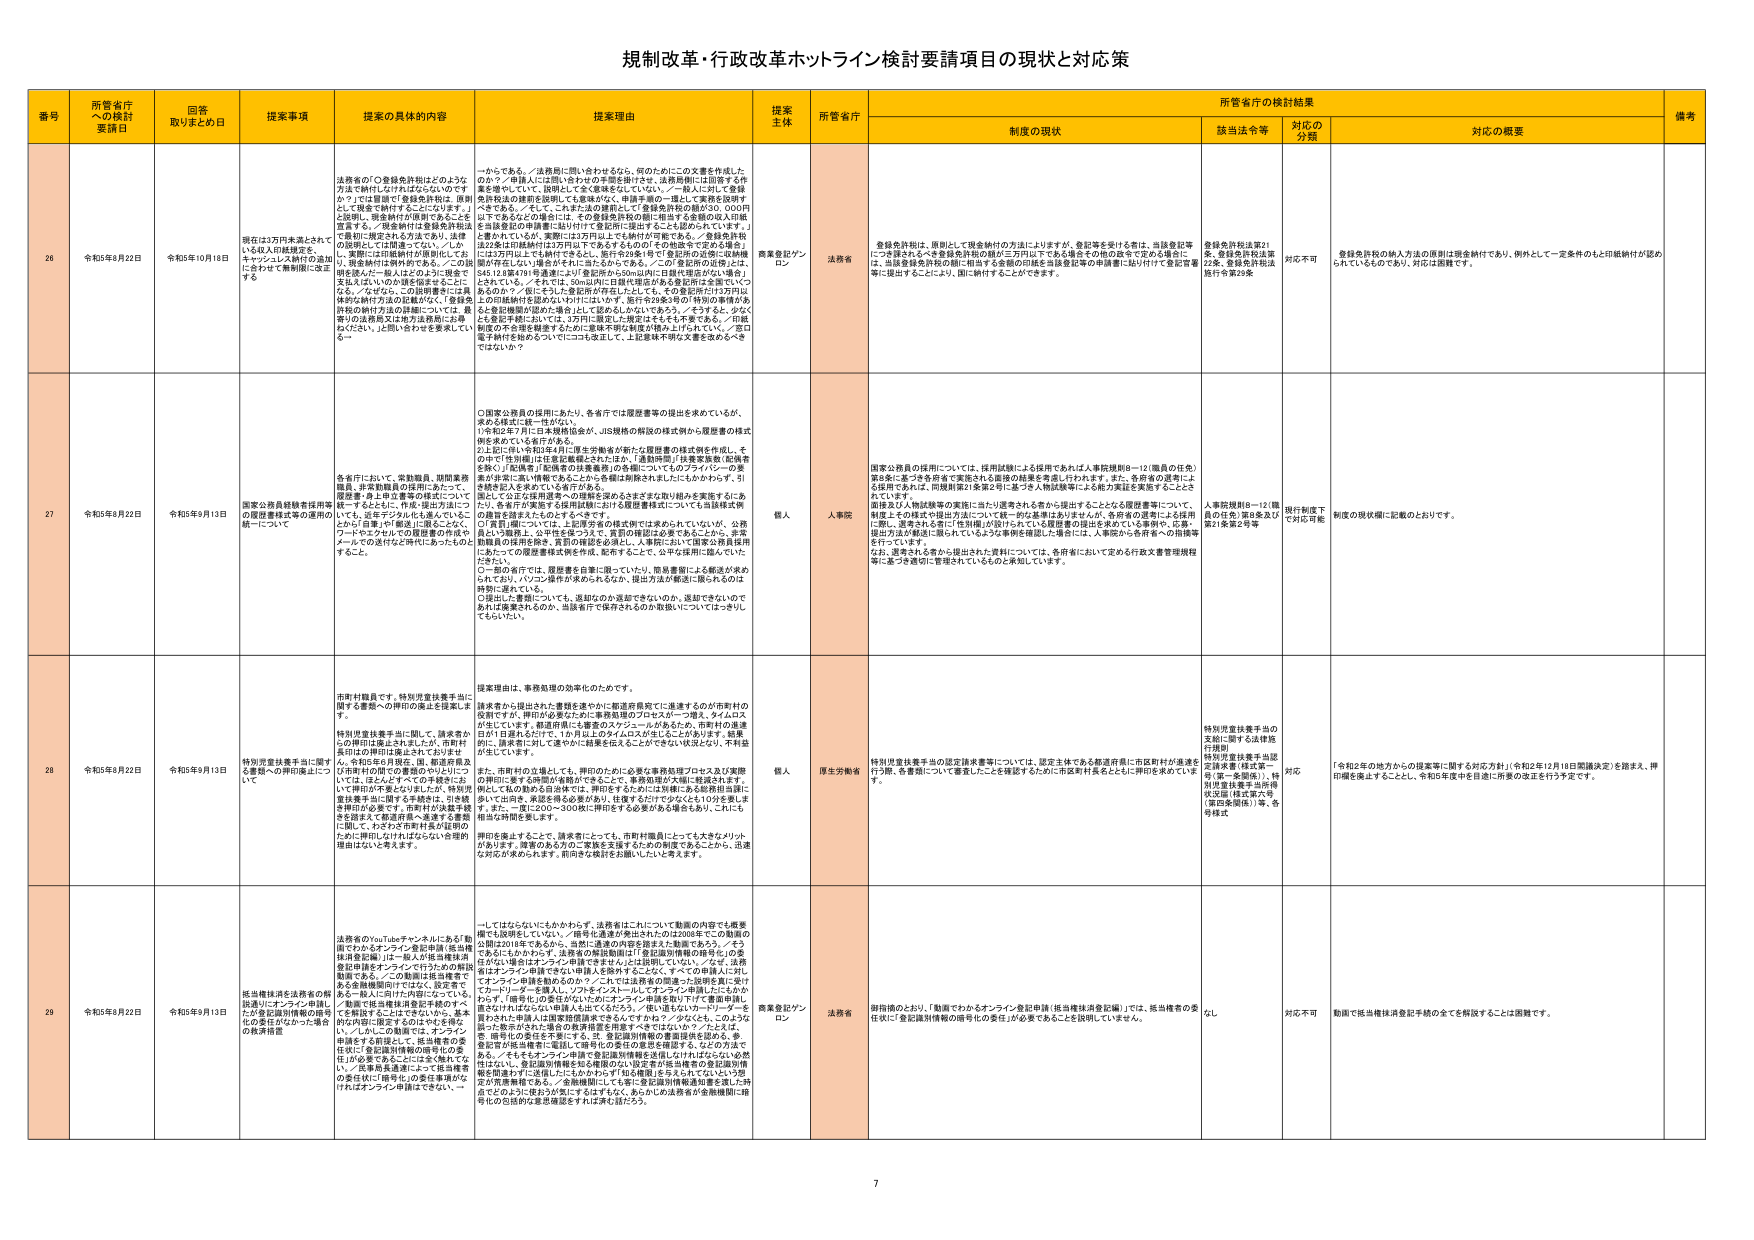
規制改革・行政改革ホットライン検討要請項目の現状と対応策

番号 所管省庁への検討要請日 回答取りまとめ日 提案事項 提案の具体的内容 提案理由 提案主体 所管省庁 制度の現状 所管省庁の検討結果 備考
該当法令等 対応の分類 対応の概要

26 令和5年8月22日 令和5年10月18日 現在は2万円未満とされてい る収入印紙制度を、 キャッシュレス納付の追加 に合わせて無制限に改正する。 法務省の「○登録免許税はどのような 方法で納付しなければならないのです か？」では登録で「登録免許税は、原則 として現金で納付することになります。」 と説明し、現金納付が原則であることを 宣言する。／現金納付は登録免許税法 で義務づけられているわけではなく、法律 の説明としては間違ってない。／しか し、実際にには印紙納付が原則化してお り、現金納付は例外的である。／この説 明も役人が「一般人はこのように現金で 支払えばいい」の実態を前提とする上に なる。／なぜなら、この説明書には「具 体的な納付方法の記載がなく、登録免 許税の納付方法の詳細については、最 寄りの法務局又は地方法務局にお尋 ねください。」と問い合わせを要求してい る。 ーからである。／法務局に問い合わせるなら、何のためにこの文書を作成した のか？／「一般人には問い合わせの手間を掛けさせ、法務局側には回答する作 業を強いて、」役所としては「金を徴収をしたいな」。／一般人に対して登録 免許税法の詳細を説明しても意味がなく、申請手順の一環として実務を説明す ばやくある。／そして、これまた法の原則と、実務の実態が乖離する。○5,000円 以下であるなどの制限は、その登録免許税の額に相当する金額の収入印紙 を印紙登録の申請書に貼り付けて登記所に提出することも認められています。」 と書かれているが、実際には2万円以上では納付が可能である。／登録免許税 法22条は印紙納付は2万円以下であるが、その枠を越えて定める場合 には地方庁はこれを納付させない。／登録免許税法は2万円以下で登録免許税 額が存在しない場合がそれにならなさである。／この「登記所の近傍には、 545,128筆479号通達により」登記所から50m以内に日銀代理店がない場合」 とされている。／それでも、50m以内に日銀代理店がある登記所は全国で、いく るのか？／仮にそれと登記所が存在したとしても、その登記所だけが万円以 上の印紙納付を認めなければにはいけず、国や各行政当局の特別の事情がある と登記機関が認め場合しかして認められないであろう。／そうすると、かなく とも足を軽くおいては、2万円に限定した現金はそもそも不要である。／印紙 制度の不合理的継承するために意味不明な制度が残る上に付いて、／「窓口 電子納付を始めるついでにココは改正して、上記意味不明な文書を改めるべき ではないか？ 資産登記グリーン ロン 法務省 登録免許税は、原則として現金納付の方法によりますが、登記等を受ける者は、当該登記等 につき現金または登録免許税の額に相当する金額の収入印紙を登記等の申請書に貼り付けて登記官署 等に提出することにより、額に納付することができます。 登録免許税法第21 条、登録免許税法第 22条、登録免許税法 施行令第29条 対応不可 登録免許税の納入方法の原則は現金納付であり、例外として一定条件のもと印紙納付が認め られているものであり、対応は困難です。

27 令和5年8月22日 令和5年9月13日 国家公務員経験者採用等 の履歴書様式等の運用の 統一について 令和年において、登録職員、期間業務 職員、非常勤職員の採用において、 履歴書・身上申立書等の様式について 統一するように、提出方法について も、近年デジタル化も進んでいるこ とから、紙書と電子提出の両方をスム ーズにやりとりできる環境整備の作成や メールでの送付など時代にあったものと するこ。 ○国家公務員の採用にあたり、各省庁では履歴書等の提出を求めているが、 求める様式に統一性がない。 ○令和2年7月には本格的協会が、JIS規格の解説の様式例から履歴書の様式 例を定めているがである。 ○上記に用いられる4月に厚生労働省が新たな履歴書の様式例を作成し、そ の中で「性別欄には性別を記載しないとは、」（通知同「共育実施要綱（配備者 を除く）」「配備者」）配備者の扶養義務（の各欄についてものフラットバー）の要 綱が非常に強い情報を含んでいる。／各欄は解釈されまにしたくかかわらず、引 き続き記入を求めている省庁がある。 続いて、公正な採用選考への理解を進めるさまざまな取り組みを推進するにあ たり、各省庁が実施する採用試験における履歴書統一についても当該様式等 の調整を推進されるものとするべきです。 ○「身長」欄については、上記所定書式様式例では求められていないが、公務 員という職務上、公平性を保つうえで、質問の確認に必要であることから、本実 施職員の採用段階、業務の確認を必須とし、人事院において職員全員採用 にあたっての履歴書様式例を作成、配布することで、公平な採用に繋がっていた だきたい。 ○一連の省庁では、履歴書を自筆に限っていたり、簡易書類による郵送が求め られており、パソコン操作が求められるなか、提出方法が郵送に限られるのは 時勢に遅れている。 ○提出した書類についても、返却なのか返却できないのか、返却できないので あれば廃棄されるのか、当該省庁で保存されるのか取扱いについてはっきりし てもらいたい。 個人 人事院 国家公務員の採用については、採用試験による採用であれば人事院規則8～12（職員の任免） 第8条に基づき府省で実施される場合の結果を考慮に行われます。また、各府省の運用によ る採用であれば、同規則第21条第2号に基づき人物試験等による能力実証を実施することと されています。 国務及び人物試験等の実施に当たり選考される者から提出することとなる履歴書等について、 制度上その様式や提出方法について統一的な基準はありませんが、各府省の選考による採用 に際し、選考される者に「性別欄」が設けられている履歴書の提出を求めている事例や、応募・ 提出方法が郵送に限られているような事例を確認した場合には、人事院から各府省への指導等 を行っています。 なお、選考される者から提出された資料については、各府省において定める行政文書管理規程 等に基づき適切に管理されているものと承認しています。 人事院規則8～12（職員の任免）第8条及び 第21条第2号等 現行制度下 で対応可能 制度の現状欄に記載のとおりです。

28 令和5年8月22日 令和5年9月13日 特別児童扶養手当に関す る要請への押印廃止につ いて 市町村職員です。特別児童扶養手当に 関する書類への押印の廃止を提案しま す。 特別児童扶養手当に関して、請求者か らの押印は廃止されました。が、市町村 長印はの押印は廃止されておりませ ん。令和5年8月現在、国、都道府県及 び市町村の間での要請のやりとりにつ いて、電子化を進めるべきです。 いって押印が不要となりましたが、特別児 童扶養手当に関する手続きは、引き続き 市町村の必要です。市町村が扶養手続 きを請求するまで都道府県へ通達する書類 に関して、わざわざ市町村長の証印の ために押印しなければならない合理的 理由はないと考えます。 請求理由は、事務処理の効率化のためです。 請求者から提出された書類を速やかに都道府県等に送達するのが市町村の 役割ですが、押印が必要なために事務処理のプロセスが一つ増え、タイムロス が生じています。都道府県にも書類のスケジュールがあるため、市町村の送達 が若干日数をたどって、1か月以上のタイムロスが生じることがあります。結果 的に、請求者に対して速やかに結果を伝えることができない状況となり、不利益 が生じています。 また、市町村の立場としては、押印のために必要な事務処理プロセス及び実際 の押印に要する時間も増えることで、事務処理の負担が増大します。 押印しても効果ある印は体で、押印をするたびに3時間～8名程度担当職に 争いが出る、来週を終える必要があり、往復するだけで少なくとも10分を要しま す。また、一貫に200～300枚に押印をする必要がある場合もあり、これも 時当な時間要します。 押印を廃止することで、請求者にとっても、市町村職員にとっても大きなメリット があります。政策のあり方のご検討を支援するための制度であることから、迅速 な対応が求められます。前向きな検討をお願いいたします。 個人 厚生労働省 特別児童扶養手当の認定請求書等については、認定主体である都道府県に市町村が扶養実 行予報、各書類について審査したことを確認するために市町村長をたとえに押印を求めています。 特別児童扶養手当の 支給に関する法律施 行規則 特別児童扶養手当認 定請求書（様式第一 号/第二号等）、特 別児童扶養手当所報 決定届（様式第六号 （第四条関係））等、各 令様式 対応 「令和2年の地方からの提案等に関する対応方針」（令和2年12月18日閣議決定）を踏まえ、押 印廃止を進めるべく、令和6年度中に全国に所要の改正を行う予定です。

29 令和5年8月22日 令和5年9月13日 抵当権抹消を法務省の解 説通りにオンライン申請し たが登記関係情報の照会 への責任がなかった場合 の責任措置 法務省のi-Tudoチャンネルにある「動 画でわかるオンライン登記申請（抵当権 抹消登記編）」は一般人が抵当権抹消 登記申請をオンラインで行うための解説 動画である。／この動画は抵当権者で ある金融機関向けではなく、設定者 あるいは一般人向けに内容になっている。 ／動画で抵当権抹消登記手続のすべ てを解説する上にまでないから、基本 的な内容に限定するのにはやむを得な い。／しかし、この動画では、オンライン 申請をする前提として、抵当権者の委 任状に「登記識別情報の照会」の委 任」が必要であることにさえ触れてい ない。／民事委員会通達によって抵当権者 の委任状に「照会」の委任事項がつ ければオンライン申請はできない。 ーしてはならないにもかかわらず、法務省はこれについて動画の内容でも厳重 に説明していない。／前号に登録が発生されたのは2008年までの動画の 説明は2018年であるから、当然に通達の内容を踏まえた動画であろう。／そう でもにもかかわらず、法務省の解説動画は「登記関係情報の照会」の委 任がない場合はオンライン申請できません」とは説明していない。／なぜ、法務 省がオンライン申請できない申請人を除外することなく、すべての申請人に対し てオンライン申請を勧めるのか？／これは法務省の関連の違法性を責に受け たカーロリーダーを導入し、ソフトをインストールしてオンライン申請したにもかか わらず、「照会」の委任がないためにオンライン申請を拒否された事例も出 されたけはならない申請人とはいくらだろう。（仮に遺言はいわードリーダーを 使った申請人は委任状に「照会」の委任の要否の意思を確認する、などの方法で 、照会の委任を不要にする。） また、登記識別情報の審査請求を認める、事 務処理が抵当権者に委託して照会の要否の意思を確認する、などの方法で ある。／そもそもオンライン申請で登記識別情報を返信しなければならない必然 はない。登記識別情報も登記機関の公的定義が抵当権者の登記識別情 報を関連わずに送信したにもかかわらず「知る権限」をえらべていないような 疑が危険情報である。／金融機関にしては常に登記識別情報通達を受領した時 点でのように役立つようにするはずもなく、あらかじめ法務省が金融機関に照 会化の包括的な意思確認をすれば済む話だろう。 資産登記グリーン ロン 法務省 附則等のおか、「動画でわかるオンライン登記申請（抵当権抹消登記編）」では、抵当権者の委 任状に「登記識別情報の照会」の委任が必要であることを説明していません。 なし 対応不可 動画で抵当権抹消登記手続の全てを解説することは困難です。

7